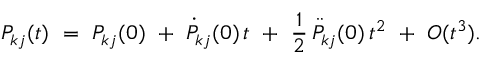
P _ { k j } ( t ) \ = \ P _ { k j } ( 0 ) \ + \ \dot { P } _ { k j } ( 0 ) \, t \ + \ \frac { 1 } { 2 } \, \ddot { P } _ { k j } ( 0 ) \, t ^ { 2 } \ + \ { \cal { O } } ( t ^ { 3 } ) .